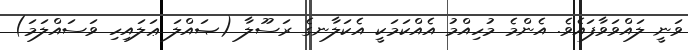
ވަނީ ލައްވަވާފައެވެ. އެންމެ މުހިއްމު އެއްކަމަކީ އެކަލާނގެ ރަސޫލާ (ޞައްލަ ޢަލައިހި ވަސައްލަމަ)